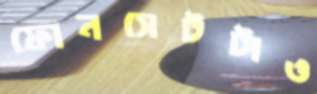
ফোনসেটটাও